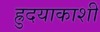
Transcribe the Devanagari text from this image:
ह्रुदयाकाशीं